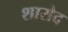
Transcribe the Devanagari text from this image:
शारोद